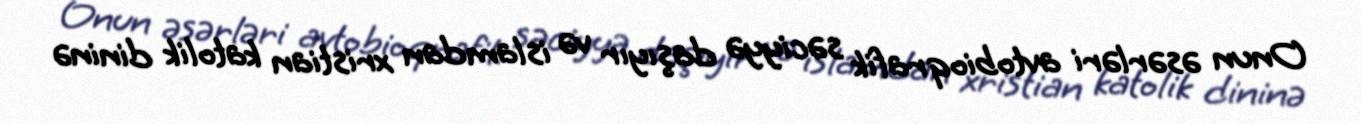
Onun əsərləri avtobioqrafik səciyyə daşıyır və islamdan xristian katolik dininə